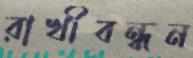
রাখীবন্ধন